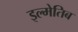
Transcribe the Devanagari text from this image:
इल्मेतिब